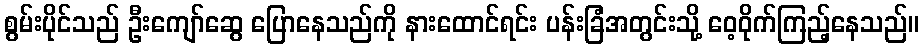
စွမ်းပိုင်သည် ဦးကျော်ဆွေ ပြောနေသည်ကို နားထောင်ရင်း ပန်းခြံအတွင်းသို့ ဝေ့ဝိုက်ကြည့်နေသည်။